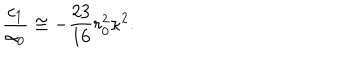
\frac { c _ { 1 } } { \alpha _ { 0 } } \cong - \frac { 2 3 } { 1 6 } r _ { 0 } ^ { 2 } \kappa ^ { 2 } .